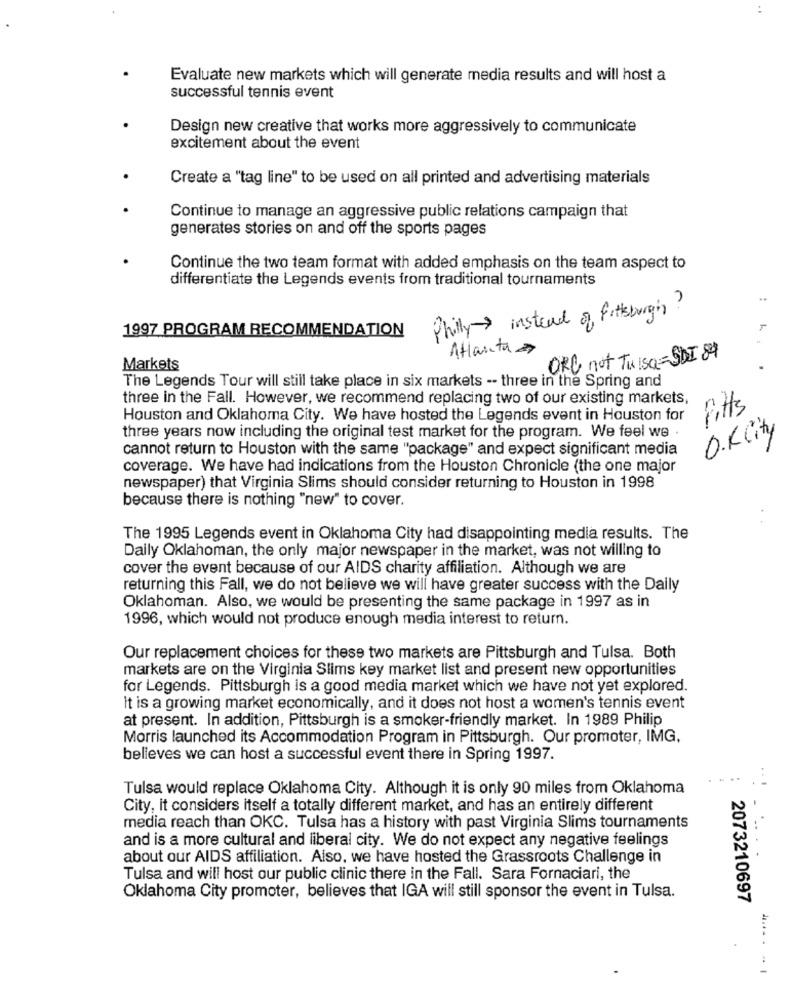
Evaluate new markets which will generate media results and will host a
successful tennis event
Design new creative that works more aggressively to communicate
excitement about the event
Create a "tag line" to be used on all printed and advertising materials
Continue to manage an aggressive public relations campaign that
generates stories on and off the sports pages
Continue the two team format with added emphasis on the team aspect to
differentiate the Legends events from traditional tournaments
Philly > instead of Pittsburgh ?
1997 PROGRAM RECOMMENDATION
Atlanta »
ORG not THISQ= SDI 84
Markets
The Legends Tour will still take place in six markets -- three in the Spring and
three in the Fall. However, we recommend replacing two of our existing markets,
Pitts
Houston and Oklahoma City. We have hosted the Legends event in Houston for
O.KCity
three years now including the original test market for the program. We feel we .
cannot return to Houston with the same "package" and expect significant media
coverage. We have had indications from the Houston Chronicle (the one major
newspaper) that Virginia Slims should consider returning to Houston in 1998
because there is nothing "new" to cover.
The 1995 Legends event in Oklahoma City had disappointing media results. The
Daily Oklahoman, the only major newspaper in the market, was not willing to
cover the event because of our AIDS charity affiliation. Although we are
returning this Fall, we do not believe we will have greater success with the Daily
Oklahoman. Also, we would be presenting the same package in 1997 as in
1996, which would not produce enough media interest to return.
Our replacement choices for these two markets are Pittsburgh and Tulsa. Both
markets are on the Virginia Slims key market list and present new opportunities
for Legends. Pittsburgh is a good media market which we have not yet explored.
It is a growing market economically, and it does not host a women's tennis event
at present. In addition, Pittsburgh is a smoker-friendly market. In 1989 Philip
Morris launched its Accommodation Program in Pittsburgh. Our promoter, IMG.
believes we can host a successful event there in Spring 1997.
Tulsa would replace Oklahoma City. Although it is only 90 miles from Oklahoma
City, it considers itself a totally different market, and has an entirely different
media reach than OKC. Tulsa has a history with past Virginia Slims tournaments
- --
and is a more cultural and liberal city. We do not expect any negative feelings
about our AIDS affiliation. Also, we have hosted the Grassroots Challenge in
Tulsa and will host our public clinic there in the Fall. Sara Fornaciari, the
Oklahoma City promoter, believes that IGA will still sponsor the event in Tulsa.
2073210697